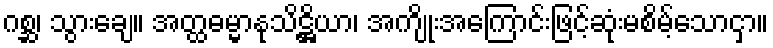
ဂစ္ဆ၊ သွားချေ။ အတ္ထဓမ္မာနုသိဋ္ဌိယာ၊ အကျိုးအကြောင်းဖြင့်ဆုံးမစိမ့်သောငှာ။